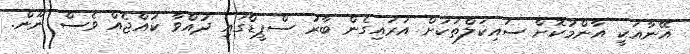
އޭނާއަކީ އާންމުކޮށް ސައިކަލްތަކަށް އަރައިގެން ބާރު ސްޕީޑްގައި ދުއްވާ ކުއްޖެއް ވެސް ނޫން.